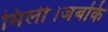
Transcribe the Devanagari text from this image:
मिली।जबकि